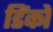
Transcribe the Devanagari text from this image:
डिंको